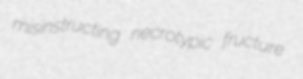
misinstructing necrotypic fructure